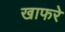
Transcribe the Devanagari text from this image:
खाफरे